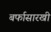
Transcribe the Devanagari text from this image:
बर्फासारखी